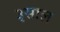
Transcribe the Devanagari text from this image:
३साल